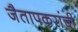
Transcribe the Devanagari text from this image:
जैतापकरांची